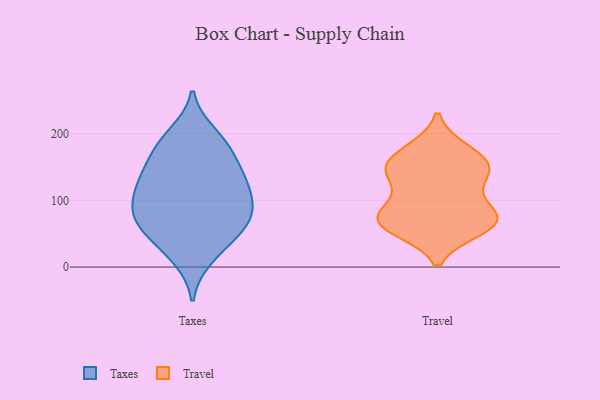
{"axis": {"x": "Revenue (USD Million)", "y": "Value"}, "legend": ["Taxes", "Travel"], "data": [{"x": "", "y": 51, "type": "Taxes"}, {"x": "", "y": 134, "type": "Taxes"}, {"x": "", "y": 176, "type": "Taxes"}, {"x": "", "y": 200, "type": "Taxes"}, {"x": "", "y": 74, "type": "Taxes"}, {"x": "", "y": 110, "type": "Taxes"}, {"x": "", "y": 130, "type": "Taxes"}, {"x": "", "y": 72, "type": "Taxes"}, {"x": "", "y": 13, "type": "Taxes"}, {"x": "", "y": 140, "type": "Taxes"}, {"x": "", "y": 179, "type": "Taxes"}, {"x": "", "y": 43, "type": "Taxes"}, {"x": "", "y": 84, "type": "Taxes"}, {"x": "", "y": 96, "type": "Taxes"}, {"x": "", "y": 74, "type": "Travel"}, {"x": "", "y": 92, "type": "Travel"}, {"x": "", "y": 57, "type": "Travel"}, {"x": "", "y": 93, "type": "Travel"}, {"x": "", "y": 148, "type": "Travel"}, {"x": "", "y": 149, "type": "Travel"}, {"x": "", "y": 174, "type": "Travel"}, {"x": "", "y": 67, "type": "Travel"}, {"x": "", "y": 70, "type": "Travel"}, {"x": "", "y": 147, "type": "Travel"}, {"x": "", "y": 176, "type": "Travel"}, {"x": "", "y": 59, "type": "Travel"}, {"x": "", "y": 134, "type": "Travel"}, {"x": "", "y": 142, "type": "Travel"}, {"x": "", "y": 66, "type": "Travel"}]}